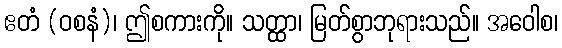
ဧတံ (ဝစနံ)၊ ဤစကားကို။ သတ္ထာ၊ မြတ်စွာဘုရားသည်။ အဝေါစ၊